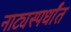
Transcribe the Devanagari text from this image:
नाट्यस्पर्धांत